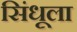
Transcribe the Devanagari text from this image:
सिंधूला